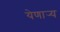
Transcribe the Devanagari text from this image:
येणार्‍य